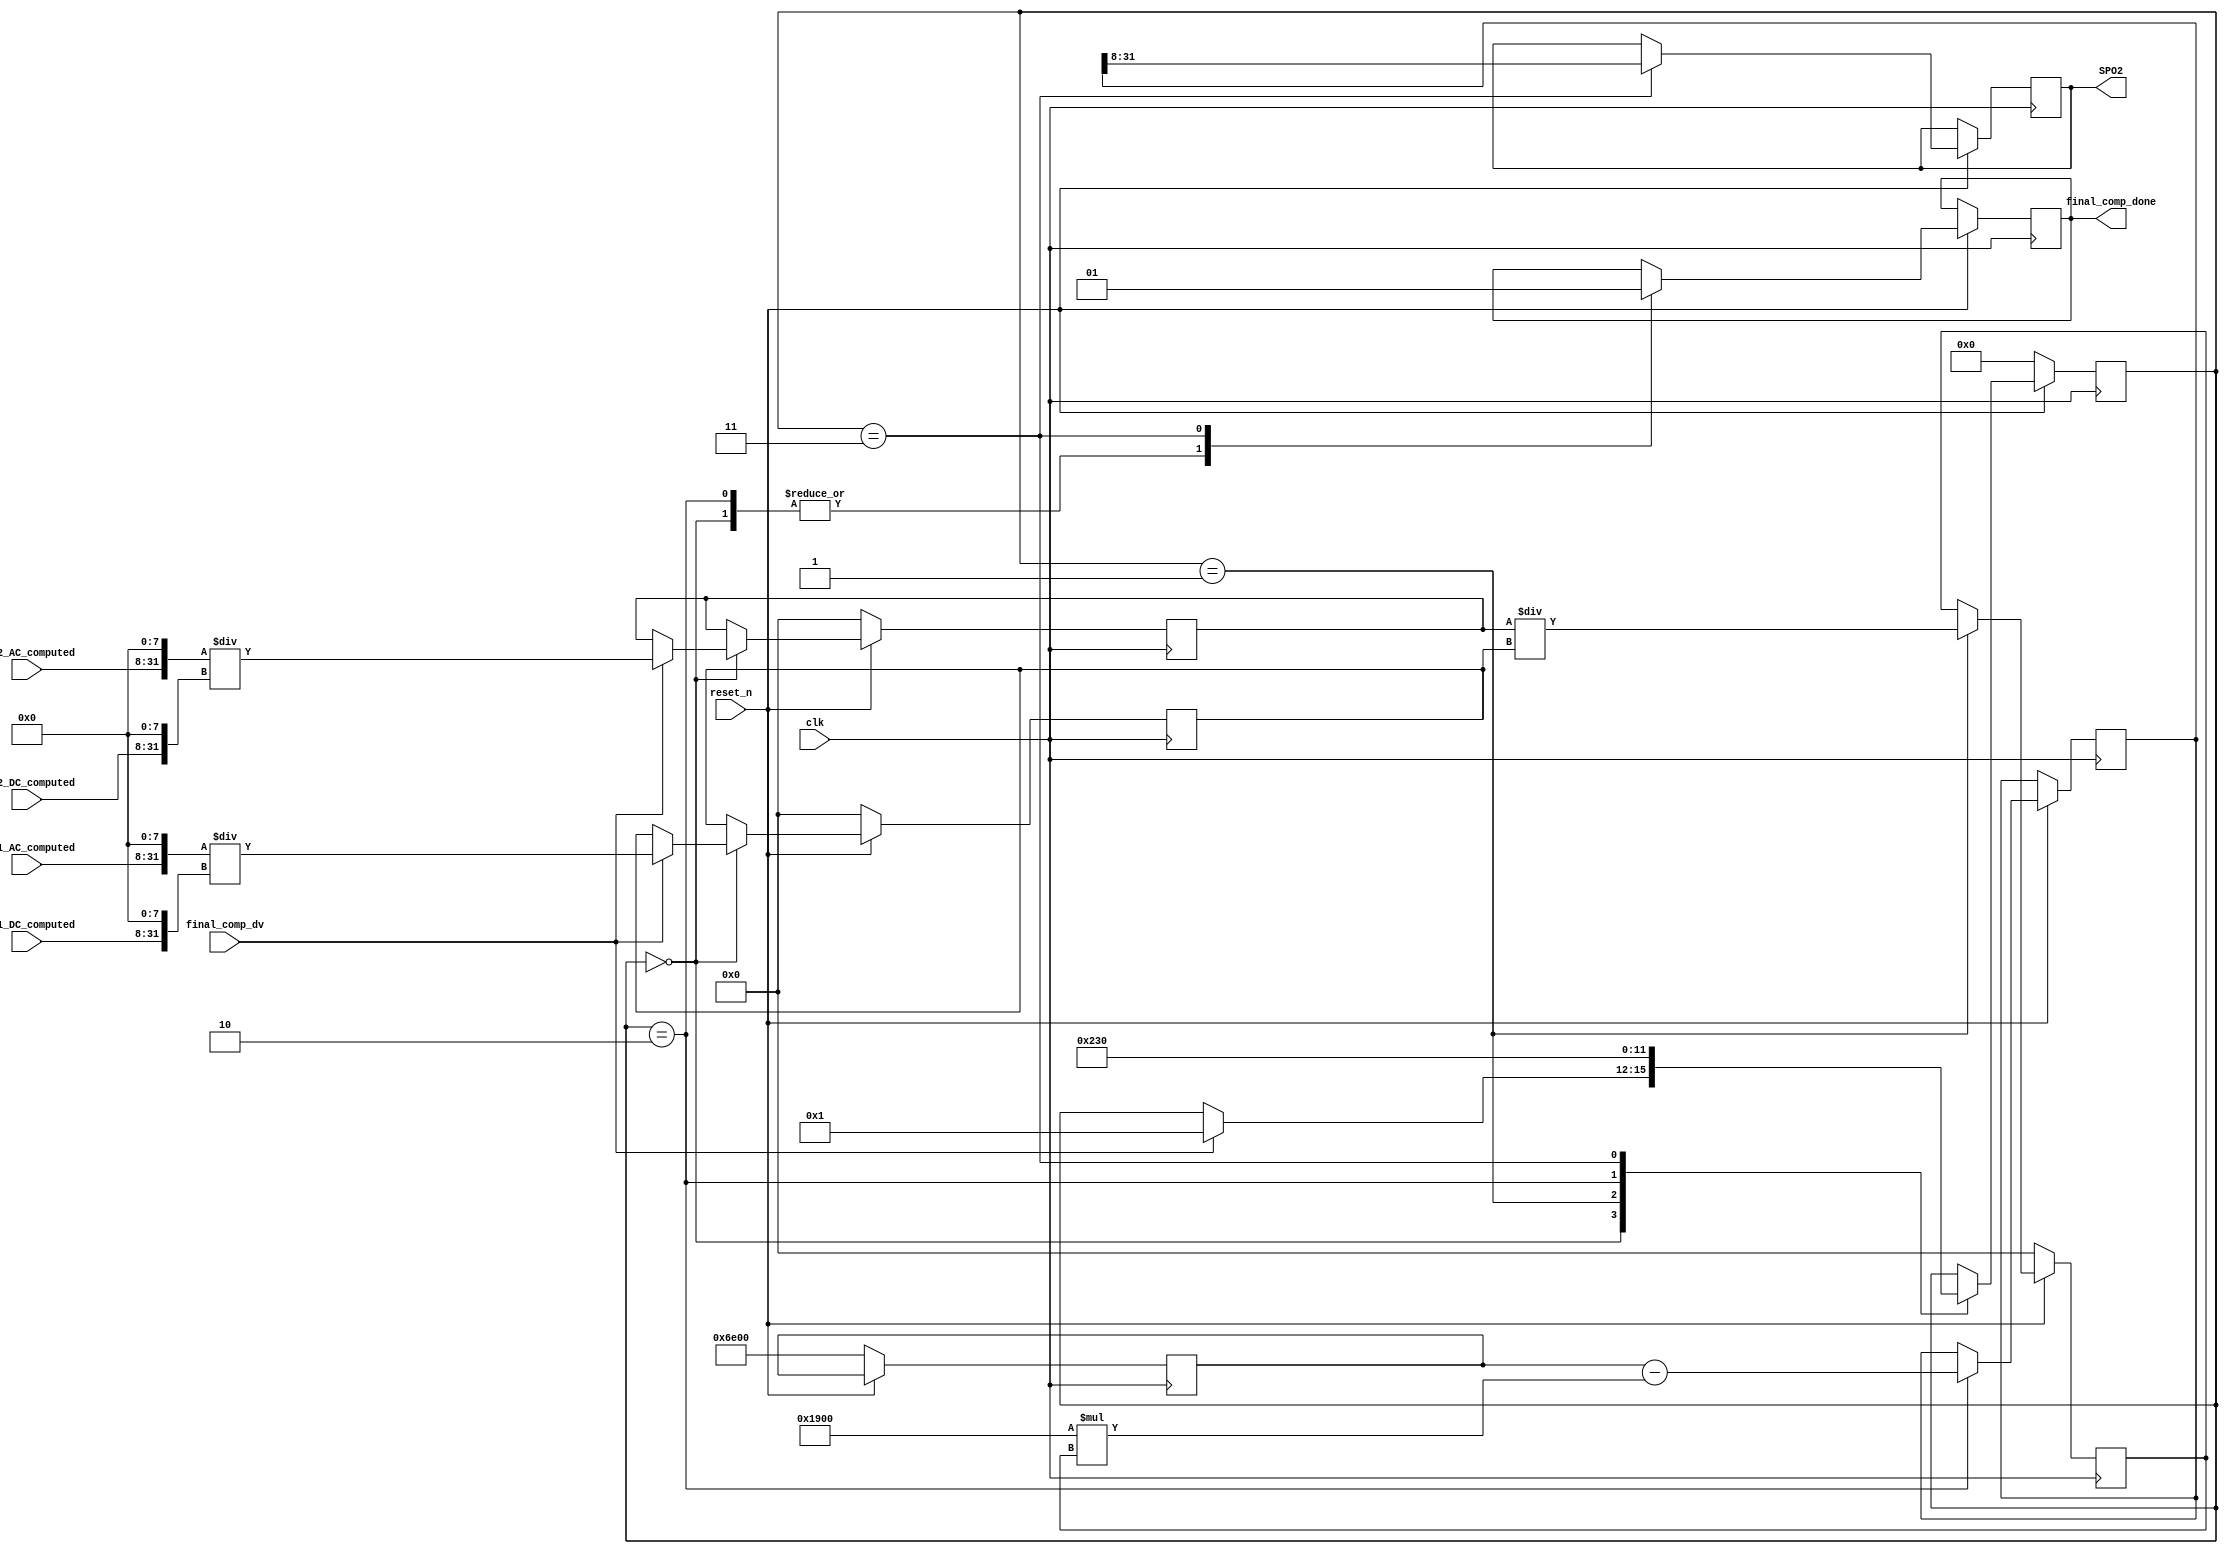
//need to look at datasheet for correct algo and values

//MAKE SURE TO PCB DESIGN SO THAT LED1 = IR and LED2 =  RED
module final_comp(
input clk,
input reset_n,
input final_comp_dv,
input [23:0] led1_AC_computed,
input [23:0] led1_DC_computed,
input [23:0] led2_AC_computed,
input [23:0] led2_DC_computed,
output reg [23:0] SPO2,
output reg final_comp_done
);
reg [31:0] div_1;
reg [31:0] div_2;
reg [31:0] div_total;
reg [15:0] one_ten = 16'b0110111000000000; //decimal 110.00000000
reg [3:0] state;
reg [15:0] twenty_five = 16'b0001100100000000; //deciaml 25.00000000
reg [31:0] temp;
//try divider operator for now /
 //whole numbers should be passing in .. have to figure out rouding and stuff
always@(posedge clk)
begin
	if(~reset_n)
		begin
			div_1 <= 0;
			div_2 <= 0;
			div_total <= 0;
			state <= 0;
			one_ten <= 16'b0110111000000000; //decimal 110.00000000
		end
	else begin
			case(state)
				4'b0:
					begin
					final_comp_done <= 0;
					if(final_comp_dv)
						begin

						div_2 <= {led2_AC_computed, 8'd0} / {led2_DC_computed, 8'd0} ;
						div_1 <= {led1_AC_computed, 8'd0} / {led1_DC_computed, 8'd0} ;
						state <= 4'b1;
						end
						else begin
							div_1 <= div_1;
							div_2 <= div_2;
							state <= state;
						end
					
					end
					4'b1:
						begin
							div_total <= div_2 / div_1; //try swithcing around
							state<= 4'd2;
						end
					4'd2:
						begin
						//review this
						temp <= one_ten - twenty_five * div_total;
						final_comp_done <= 0;
						state <= 4'd3;
						end
					4'd3:
						begin
							SPO2 <= temp[31:8]; //round to whole number
							final_comp_done <= 1;
							state <=4'd0;
						end

				endcase
	end
end


endmodule